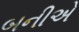
બનીએ